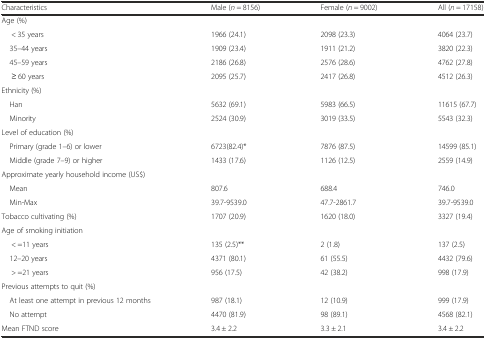
<table><thead><tr><td><b>Characteristics</b></td><td><b>Male (<i>n</i> = 8156)</b></td><td><b>Female (<i>n</i> = 9002)</b></td><td><b>All (<i>n</i> = 17158)</b></td></tr></thead><tbody><tr><td colspan="4">Age (%)</td></tr><tr><td>&lt; 35 years</td><td>1966 (24.1)</td><td>2098 (23.3)</td><td>4064 (23.7)</td></tr><tr><td> 35–44 years</td><td>1909 (23.4)</td><td>1911 (21.2)</td><td>3820 (22.3)</td></tr><tr><td> 45–59 years</td><td>2186 (26.8)</td><td>2576 (28.6)</td><td>4762 (27.8)</td></tr><tr><td>≥ 60 years</td><td>2095 (25.7)</td><td>2417 (26.8)</td><td>4512 (26.3)</td></tr><tr><td colspan="4">Ethnicity (%)</td></tr><tr><td> Han</td><td>5632 (69.1)</td><td>5983 (66.5)</td><td>11615 (67.7)</td></tr><tr><td> Minority</td><td>2524 (30.9)</td><td>3019 (33.5)</td><td>5543 (32.3)</td></tr><tr><td colspan="4">Level of education (%)</td></tr><tr><td> Primary (grade 1–6) or lower</td><td>6723(82.4)*</td><td>7876 (87.5)</td><td>14599 (85.1)</td></tr><tr><td> Middle (grade 7–9) or higher</td><td>1433 (17.6)</td><td>1126 (12.5)</td><td>2559 (14.9)</td></tr><tr><td colspan="4">Approximate yearly household income (US$)</td></tr><tr><td> Mean</td><td>807.6</td><td>688.4</td><td>746.0</td></tr><tr><td> Min-Max</td><td>39.7-9539.0</td><td>47.7-2861.7</td><td>39.7-9539.0</td></tr><tr><td>Tobacco cultivating (%)</td><td>1707 (20.9)</td><td>1620 (18.0)</td><td>3327 (19.4)</td></tr><tr><td colspan="4">Age of smoking initiation</td></tr><tr><td>&lt; =11 years</td><td>135 (2.5)**</td><td>2 (1.8)</td><td>137 (2.5)</td></tr><tr><td> 12–20 years</td><td>4371 (80.1)</td><td>61 (55.5)</td><td>4432 (79.6)</td></tr><tr><td>&gt; =21 years</td><td>956 (17.5)</td><td>42 (38.2)</td><td>998 (17.9)</td></tr><tr><td colspan="4">Previous attempts to quit (%)</td></tr><tr><td> At least one attempt in previous 12 months</td><td>987 (18.1)</td><td>12 (10.9)</td><td>999 (17.9)</td></tr><tr><td> No attempt</td><td>4470 (81.9)</td><td>98 (89.1)</td><td>4568 (82.1)</td></tr><tr><td>Mean FTND score</td><td>3.4 ± 2.2</td><td>3.3 ± 2.1</td><td>3.4 ± 2.2</td></tr></tbody></table>